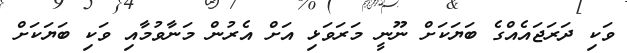
ވަކި ދަރަޖައެއްގެ ބަޔަކަށް ނޫނީ މަރަވަޅި އަށް އެރުން މަނާވުމާއި ވަކި ބަޔަކަށް